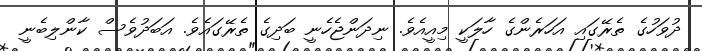
ދުވަހުގެ ތެރޭގައި އަހަރެންގެ ހާލަކީ މިއީއެވެ. ނިދަންޖެހެނީ ބަދިގެ ތެރޭގައެވެ. އަބަދުވެސް ކާންލިބެނީ